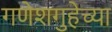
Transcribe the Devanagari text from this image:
गणेशगुहेच्या